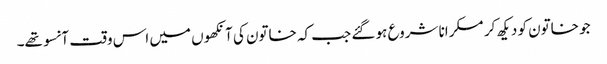
جو خاتون کو دیکھ کر مسکرانا شروع ہو گئے جب کہ خاتون کی آنکھوں میں اس وقت آنسو تھے۔